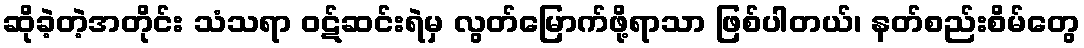
ဆိုခဲ့တဲ့အတိုင်း သံသရာ ဝဋ်ဆင်းရဲမှ လွတ်မြောက်ဖို့ရာသာ ဖြစ်ပါတယ်၊ နတ်စည်းစိမ်တွေ